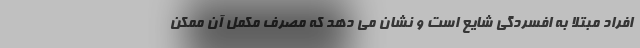
افراد مبتلا به افسردگی شایع است و نشان می دهد که مصرف مکمل آن ممکن